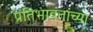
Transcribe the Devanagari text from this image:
प्रतिभावंतांच्या